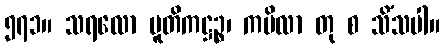
၅၇၁။ သရလော ပူတိကဋ္ဌဉ္စ၊ ကပိလာ တု စ သိံသပါ။